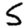
Digit: 5